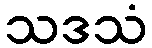
သဒသံ